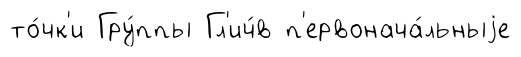
то́чк'и Гру́ппы Гл'ич́в п'ервонача́льныjе